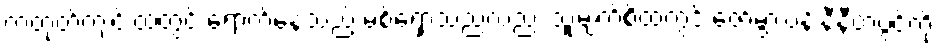
ကတုတ်ကျင်းထဲတွင် ရောက်နေသည့် မစ်ရှောသည်လည်း သူ့မျက်စိထဲတွင် ဇော်မွှားပန်းနီနီတပွင့်ကို